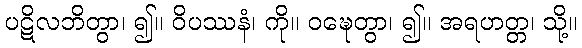
ပဋိလဘိတွာ၊ ၍။ ဝိပဿနံ၊ ကို။ ဝဍ္ဎေတွာ၊ ၍။ အရဟတ္တ၊ သို့။